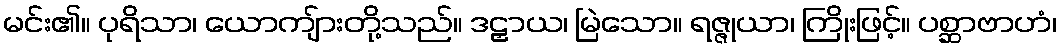
မင်း၏။ ပုရိသာ၊ ယောကျ်ားတို့သည်။ ဒဠှာယ၊ မြဲသော။ ရဇ္ဇုယာ၊ ကြိုးဖြင့်။ ပစ္ဆာဗာဟံ၊